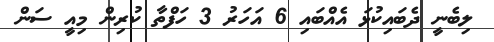
ލިބެނީ ދެބައިކުޅަ އެއްބައި 6 އަހަރު 3 ހަފްތާ ކުރިން މިއީ ސަން